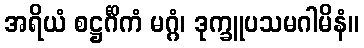
အရိယံ စဋ္ဌင်္ဂိကံ မဂ္ဂံ၊ ဒုက္ခူပသမဂါမိနံ။